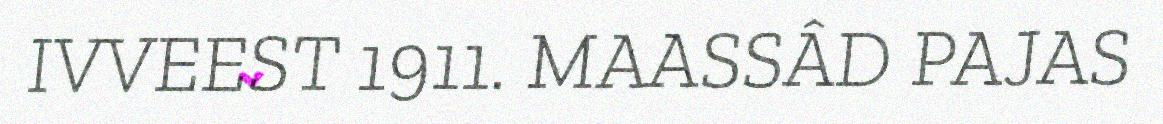
IVVEEST 1911. MAASSÂD PAJAS